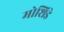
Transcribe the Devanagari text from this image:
मोशिडे